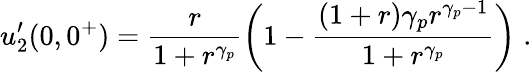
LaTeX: u_{2}^{\prime}(0,0^{+})=\frac{r}{1+r^{\gamma_{p}}}\left(1-\frac{(1+r)\gamma_{p}r^{\gamma_{p}-1}}{1+r^{\gamma_{p}}}\right)\; .